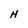
Character: H